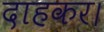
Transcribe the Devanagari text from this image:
दाहकर।